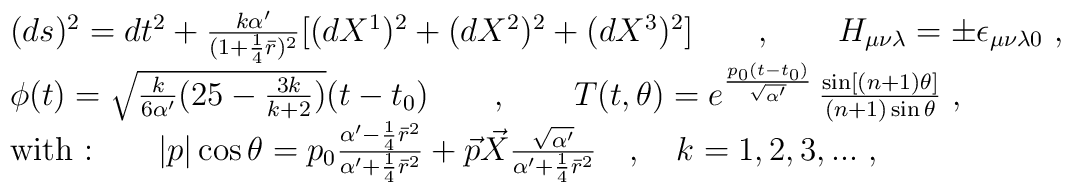
\begin{array}{l}(ds)^2 = dt^2 + \frac{k \alpha'}{(1+\frac{1}{4} \bar{r})^2}         [(dX^1)^2+(dX^2)^2+(dX^3)^2] \qquad , \qquad H_{\mu\nu\lambda}= \pm \epsilon_{\mu\nu\lambda 0} ~,\\\phi(t) =\sqrt{\frac{k}{6 \alpha'}(25-\frac{3 k}{k+2})} (t-t_0) \qquad ,\qquad T(t,\theta)= e^{\frac{p_0 (t-t_0)}{\sqrt{\alpha'}}} \,\frac{\sin[(n+1)\theta]}{(n+1) \sin \theta}~,\\\mbox{with :}\qquad|p| \cos\theta = p_0 \frac{\alpha'-\frac{1}{4}\bar{r}^2}{\alpha'+\frac{1}{4}\bar{r}^2} + \vec{p}\vec{X}\frac{\sqrt{\alpha'}}{\alpha'+\frac{1}{4}\bar{r}^2} \quad,\quad k = 1, 2, 3, ... ~,\end{array}